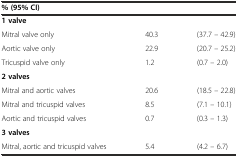
| % (95% CI) |  |  |
 | --- | --- | --- |
 | 1 valve |  |  |
 | Mitral valve only | 40.3 | (37.7 – 42.9) |
 | Aortic valve only | 22.9 | (20.7 – 25.2) |
 | Tricuspid valve only | 1.2 | (0.7 – 2.0) |
 | 2 valves |  |  |
 | Mitral and aortic valves | 20.6 | (18.5 – 22.8) |
 | Mitral and tricuspid valves | 8.5 | (7.1 – 10.1) |
 | Aortic and tricuspid valves | 0.7 | (0.3 – 1.3) |
 | 3 valves |  |  |
 | Mitral, aortic and tricuspid valves | 5.4 | (4.2 – 6.7) |